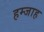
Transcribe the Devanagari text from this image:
हम्जाह